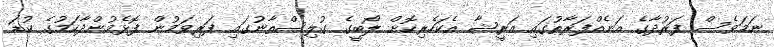
ނަމަވެސް ފަރުދާގެ އަނެއްފަރާތުގައި އަރީޝާ އެކަހެރިކޮށް ލޯބީގެ ގުލިސްތާނުގައި ފަރިވަމުން ފޮޅެމުންދާކަމުގެ ކުޑަ